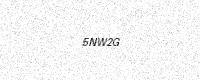
Text: 5NW2G